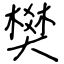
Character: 樊